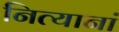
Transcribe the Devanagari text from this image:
नित्यानां